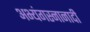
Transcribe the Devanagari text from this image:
अभ्यंगस्नानादी